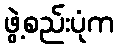
ဖွဲ့စည်းပုံက